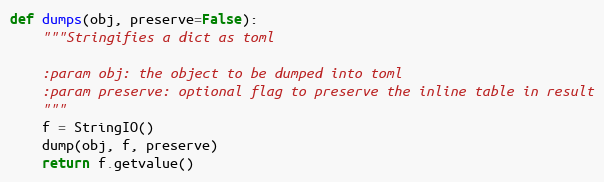
Language: Python
def dumps(obj, preserve=False):
    """Stringifies a dict as toml

    :param obj: the object to be dumped into toml
    :param preserve: optional flag to preserve the inline table in result
    """
    f = StringIO()
    dump(obj, f, preserve)
    return f.getvalue()